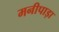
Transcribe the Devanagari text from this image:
मनीपाड़ा